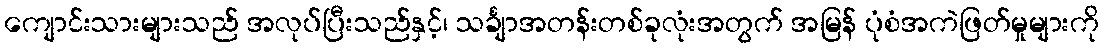
ကျောင်းသားများသည် အလုပ်ပြီးသည်နှင့်၊ သင်္ချာအတန်းတစ်ခုလုံးအတွက် အမြန် ပုံစံအကဲဖြတ်မှုများကို